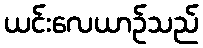
ယင်းလေယာဉ်သည်